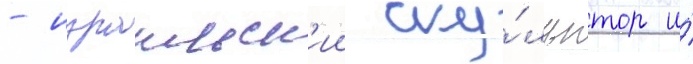
- израильск'ии ску́льптор и́